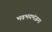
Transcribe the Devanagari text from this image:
भवभयभंजना